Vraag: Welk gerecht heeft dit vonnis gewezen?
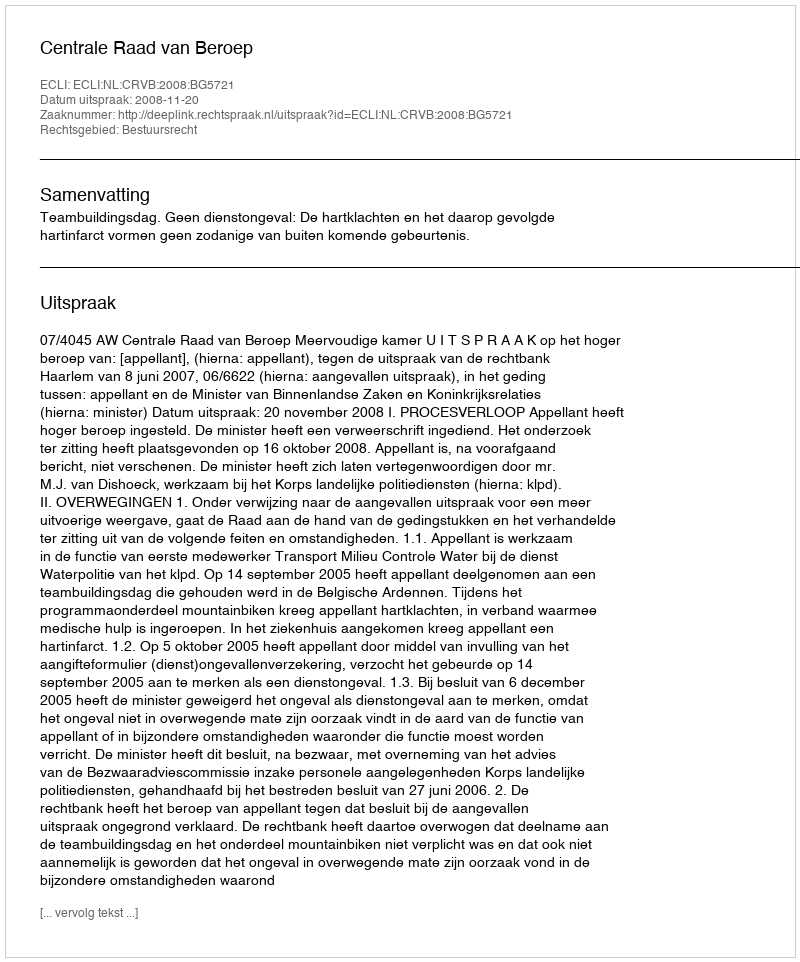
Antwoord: Centrale Raad van Beroep